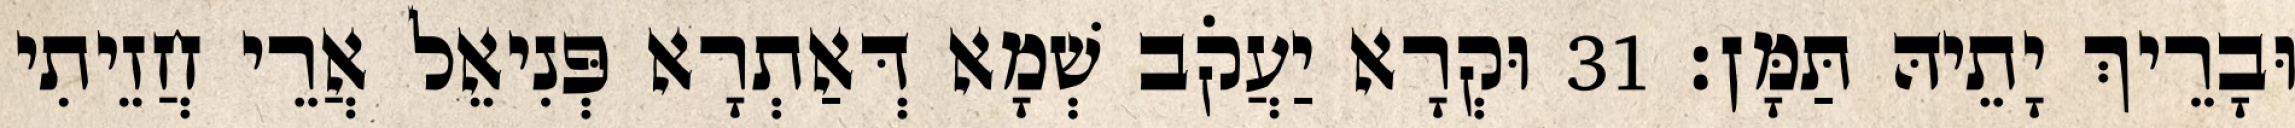
וּבָרֵיךְ יָתֵיהּ תַּמָּן׃ 31 וּקְרָא יַעֲקֹב שְׁמָא דְּאַתְרָא פְּנִיאֵל אֲרֵי חֲזֵיתִי